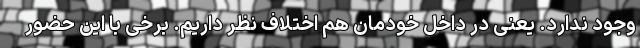
وجود ندارد. یعنی در داخل خودمان هم اختلاف نظر داریم. برخی با این حضور